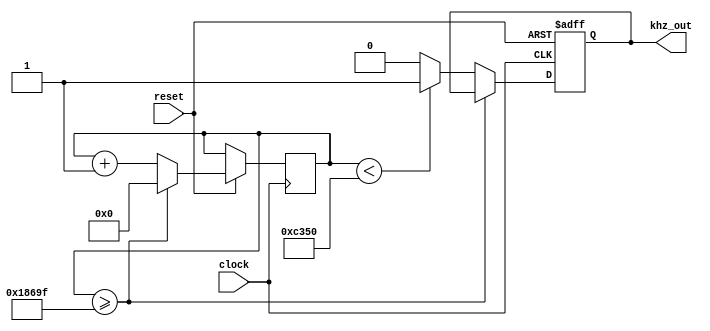
`timescale 1ns / 1ps

module clock_divider(
    input clock, reset,
    output reg khz_out
    );
    
    reg [31:0] khz_count = 32'b0, hz_count = 32'b0;
    
    parameter khz_divider = 100000;
//    parameter hz_divider = 50000000;
    
    initial begin
        khz_out = 1'b0;
//        hz_out = 1'b0;
    end
    always @ (posedge clock or negedge reset) begin
        if(!reset)begin
            khz_out <= 1'b0;
//            hz_out <= 1'b0;
         end else begin
            khz_count <= khz_count + 1;
            if(khz_count >= khz_divider-1)
                khz_count <= 32'b0;
            else
                khz_out <= (khz_count<32'd100000/2)?1'b1:1'b0;
            end
//            if(hz_count == hz_divider-1) begin
//                hz_count <= 32'b0;
//                hz_out <=~hz_out;
//            end else begin
//                hz_count <= hz_count+1;
//                hz_out <= hz_out;
//            end            
    end //always
endmodule